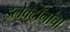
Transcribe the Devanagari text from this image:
इलेक्ट्रॉनांचा